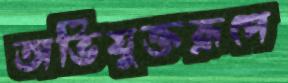
অভিযুক্তরূপে